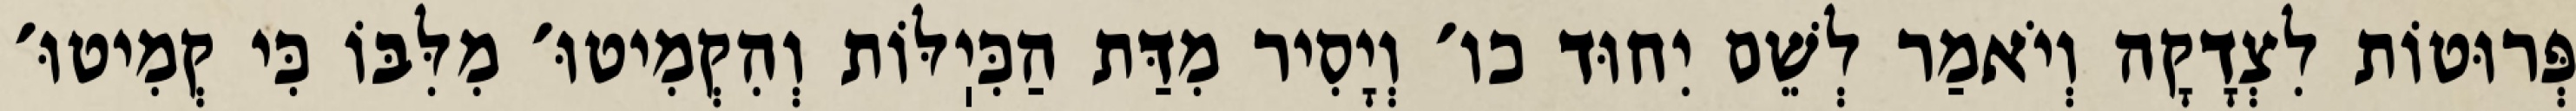
פְּרוּטוֹת לִצְדָקָה וְיֹאמַר לְשֵׁם יִחוּד כו׳ וְיָסִיר מִדַּת הַכִּיֽלּוֹת וְהִקְמִיטוּ׳ מִלִּבּוֹ כִּי קְמִיטוּ׳